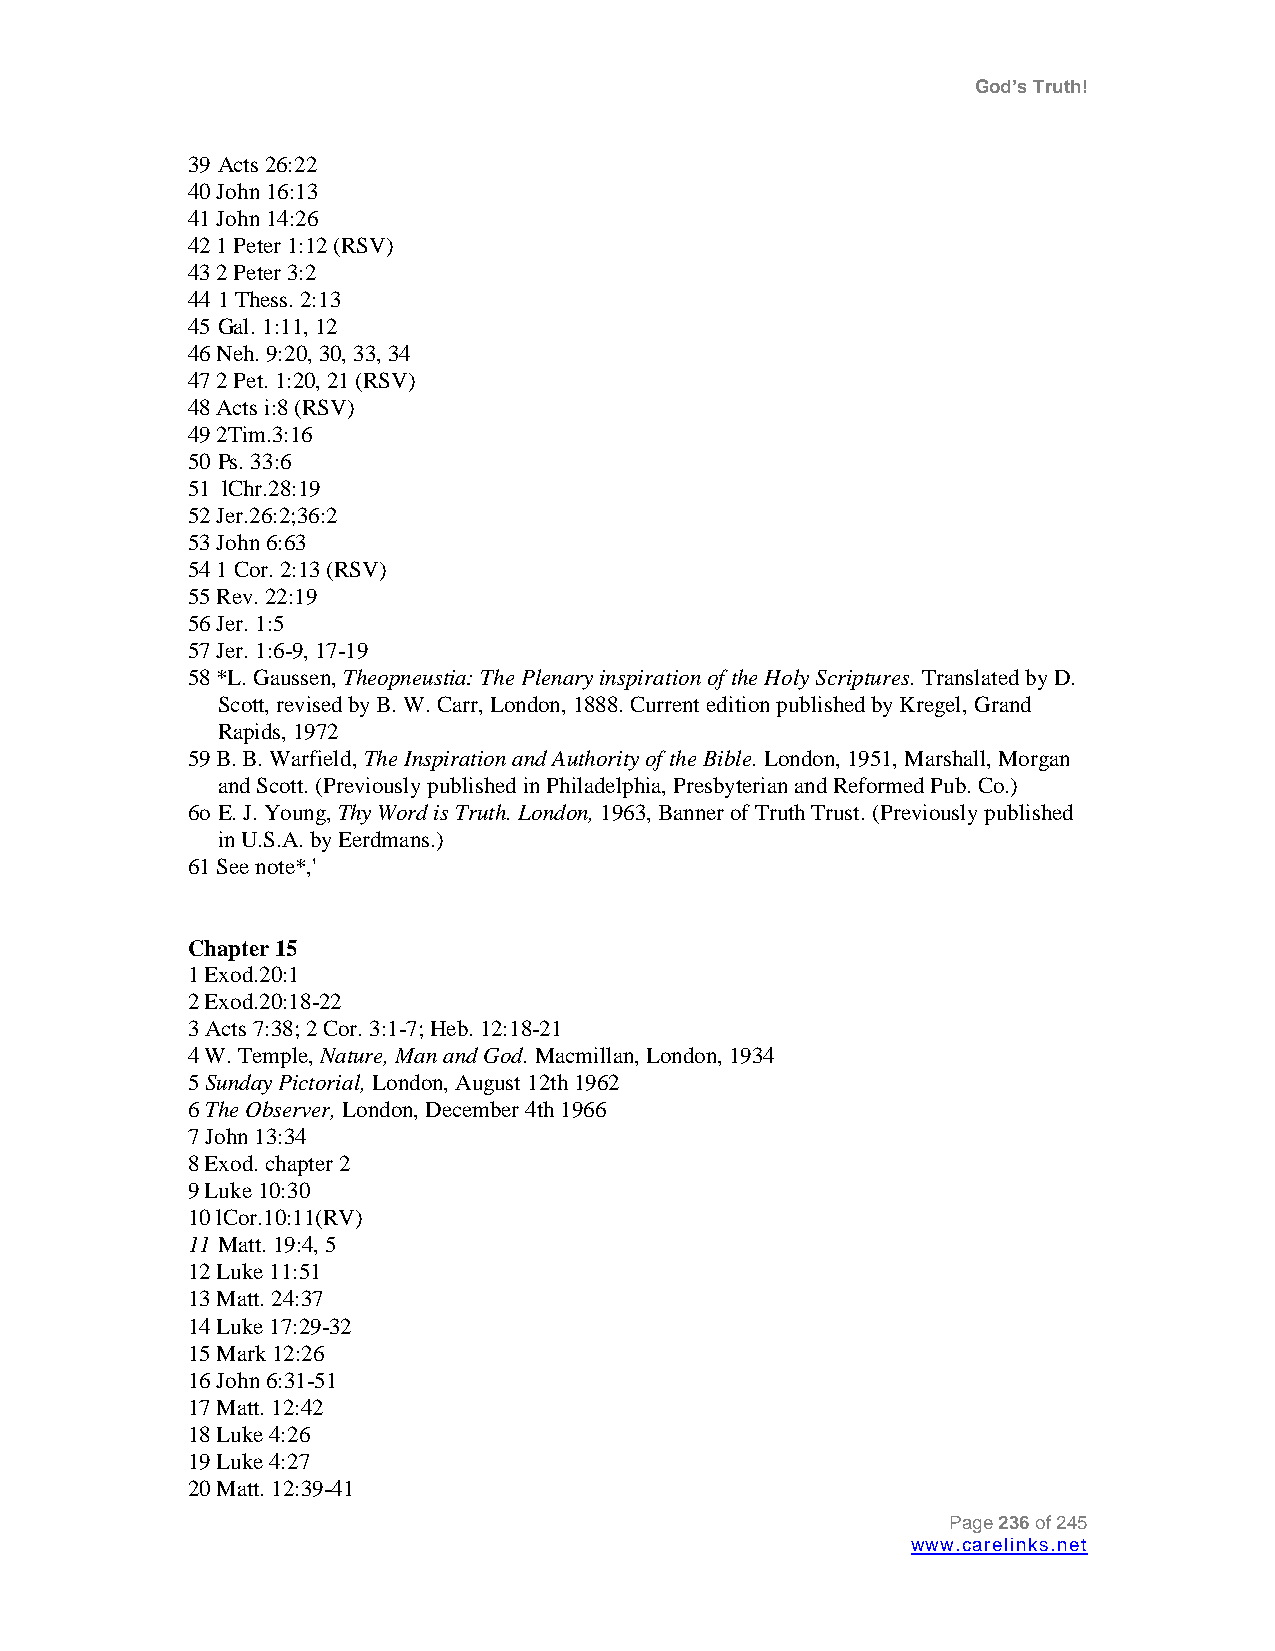
God’s Truth!
 39 Acts 26:22
 40 John 16:13
 41 John 14:26
 42 1 Peter 1:12 (RSV)
 43 2 Peter 3:2
 44 1 Thess. 2:13
 45 Gal. 1:11, 12
 46 Neh. 9:20, 30, 33, 34
 47 2 Pet. 1:20, 21 (RSV)
 48 Acts i:8 (RSV)
 49 2Tim.3:16
 50 Ps. 33:6
 51 lChr.28:19
 52 Jer.26:2;36:2
 53 John 6:63
 54 1 Cor. 2:13 (RSV)
 55 Rev. 22:19
 56 Jer. 1:5
 57 Jer. 1:6-9, 17-19
 58 *L. Gaussen, Theopneustia: The Plenary inspiration of the Holy Scriptures. Translated by D.
 Scott, revised by B. W. Carr, London, 1888. Current edition published by Kregel, Grand
 Rapids, 1972
 59 B. B. Warfield, The Inspiration and Authority of the Bible. London, 1951, Marshall, Morgan
 and Scott. (Previously published in Philadelphia, Presbyterian and Reformed Pub. Co.)
 6o E. J. Young, Thy Word is Truth. London, 1963, Banner of Truth Trust. (Previously published
 in U.S.A. by Eerdmans.)
 61 See note*,'
 Chapter 15
 1 Exod.20:1
 2 Exod.20:18-22
 3 Acts 7:38; 2 Cor. 3:1-7; Heb. 12:18-21
 4 W. Temple, Nature, Man and God. Macmillan, London, 1934
 5 Sunday Pictorial, London, August 12th 1962
 6 The Observer, London, December 4th 1966
 7 John 13:34
 8 Exod. chapter 2
 9 Luke 10:30
 10 lCor.10:11(RV)
 11 Matt. 19:4, 5
 12 Luke 11:51
 13 Matt. 24:37
 14 Luke 17:29-32
 15 Mark 12:26
 16 John 6:31-51
 17 Matt. 12:42
 18 Luke 4:26
 19 Luke 4:27
 20 Matt. 12:39-41
 Page 236 of 245
 www.carelinks.net